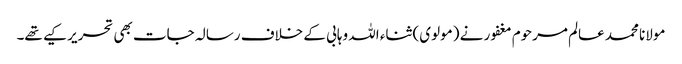
مولانا محمد عالم مرحوم مغفور نے (مولوی) ثناء اللہ وہابی کے خلاف رسالہ جات بھی تحریر کیے تھے۔